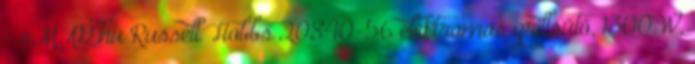
- eMAG.hu Russell Hobbs 20840-56 elektromos grillsütő, 1300 W,